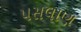
પસલાણ